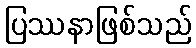
ပြဿနာဖြစ်သည်